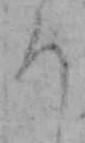
ち